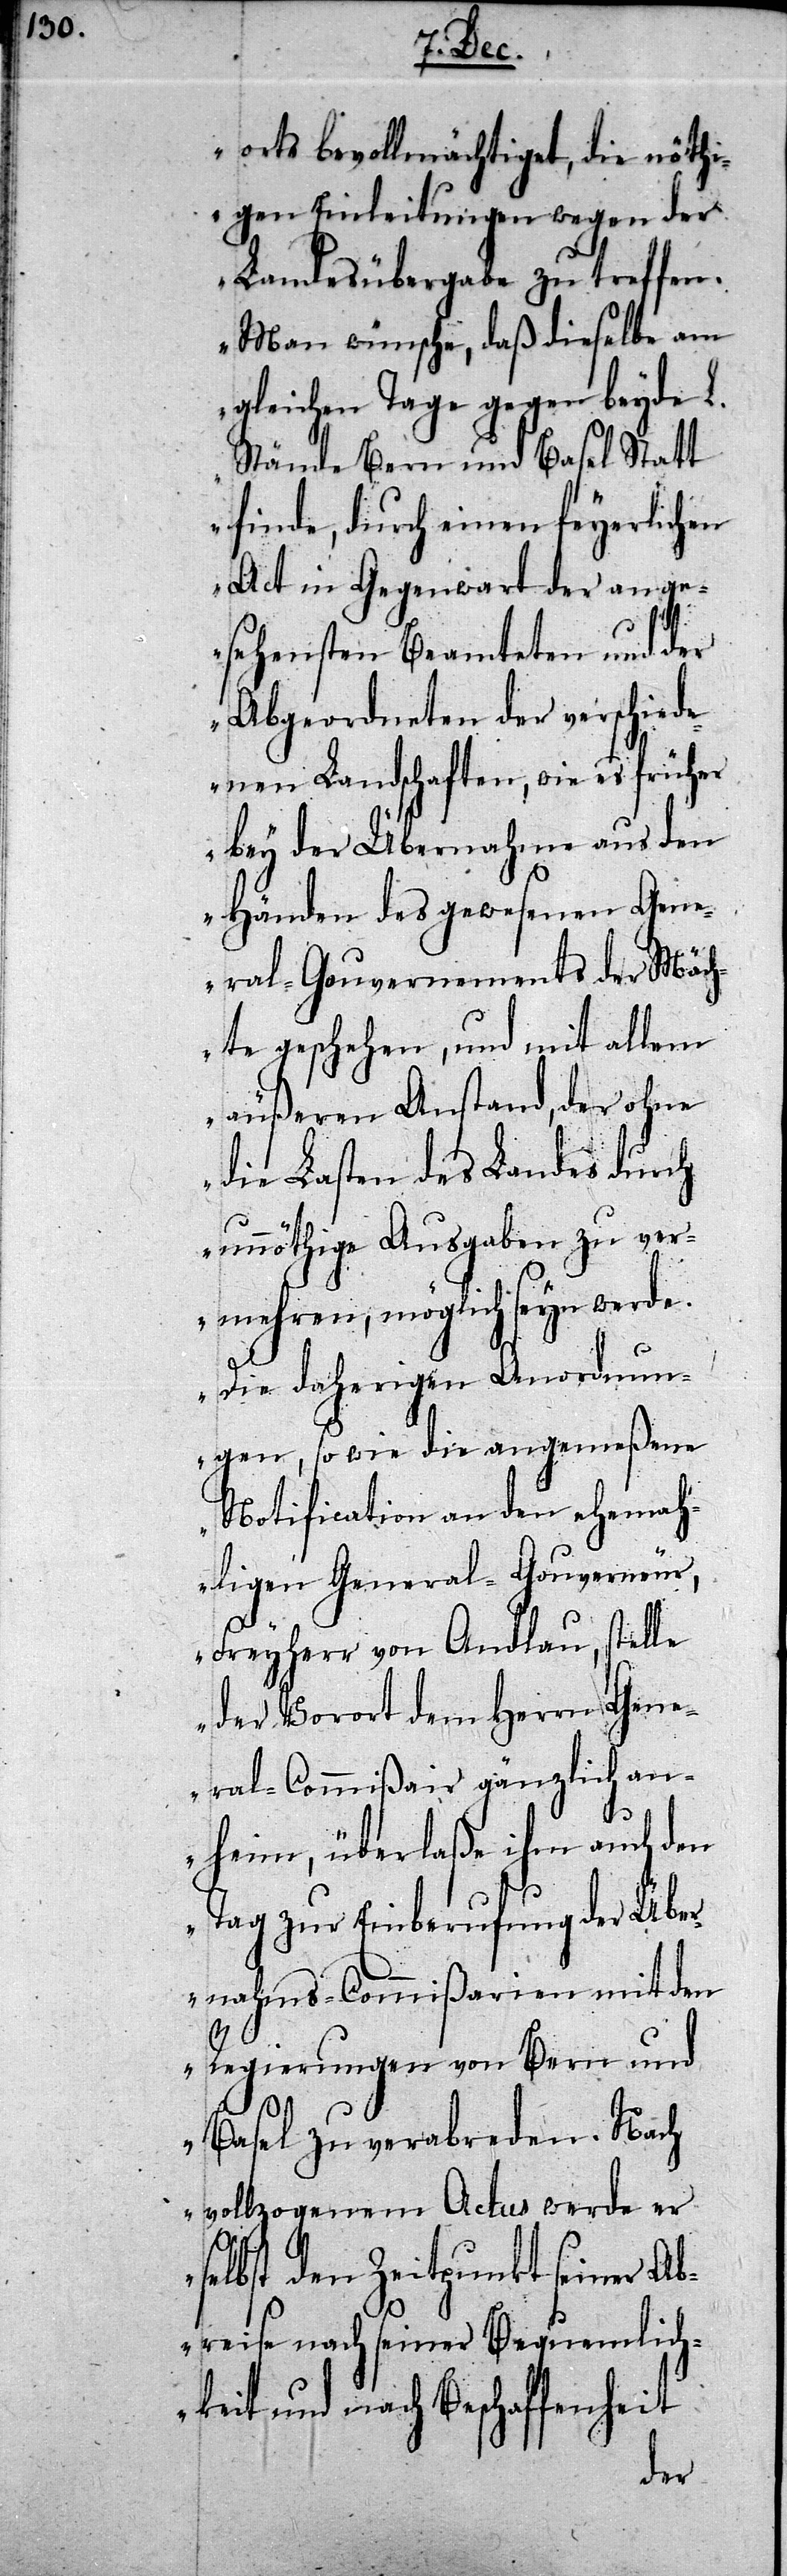
orts bevollmächtiget, die nöthi¬
gen Einleitungen wegen der
Landesübergabe zu treffen.
Man wünsche, daß dieselbe am
gleichen Tage gegen beyde L.
Stände Bern und Basel Statt
finde, durch einen feyerlichen
Act in Gegenwart der ange¬
sehensten Beamteten und der
Abgeordneten der verschied¬
enen Landschaften, wie es früher
bey der Übernahme aus den
Händen des gewesenen Gene¬
ral-Gouvernements der Mäch¬
te geschehen, und mit allem
äußeren Anstand, der ohne
die Lasten des Landes durch
unnöthige Ausgaben zu ver¬
mehren, möglich seyn werde.
Die daherigen Anordnun¬
gen, sowie die angemeßene
Notification an den ehemah¬
ligen General-Gouverneur,
Freyherr von Andlau, stelle
der Vorort dem Herrn Gene¬
ral-Commißair gänzlich an¬
heim, überlaße ihm auch den
Tag zur Einberufung der Über¬
nahms-Commißarien mit den
Regierungen von Bern und
Basel zu verabreden. Nach
vollzogenem Actus werde er
selbst den Zeitpunkt seiner A¬
breise nach seiner Bequemlich¬
keit und nach Beschaffenheit